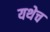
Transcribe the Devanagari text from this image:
यथेच